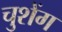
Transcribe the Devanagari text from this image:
चुशेंग